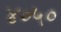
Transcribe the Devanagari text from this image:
४०५०